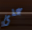
على